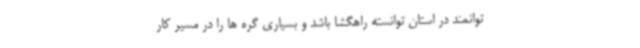
توانمند در استان توانسته راهگشا باشد و بسیاری گره ها را در مسیر کار